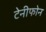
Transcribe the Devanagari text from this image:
टेनीफोन